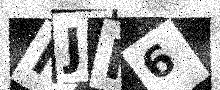
Text: IJF6